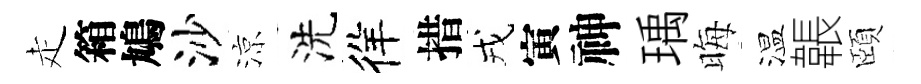
走箱鳩沙涼洗徉措戎寅神瑀晦温韔頤